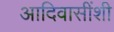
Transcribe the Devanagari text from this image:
आदिवासींशी